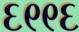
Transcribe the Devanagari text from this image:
६९९६